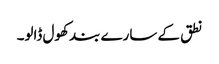
نطق کے سارے بند کھول ڈالو۔